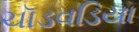
ચૉડવડિયા